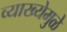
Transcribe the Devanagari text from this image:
व्याख्येमुळे